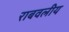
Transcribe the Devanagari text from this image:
राबवलीय